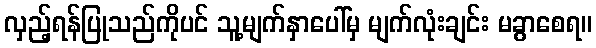
လှည့်ရန်ပြုသည်ကိုပင် သူ့မျက်နှာပေါ်မှ မျက်လုံးချင်း မခွာစေရ။